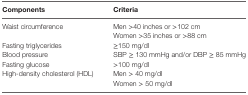
<table><thead><tr><td><b>Components</b></td><td><b>Criteria</b></td></tr></thead><tbody><tr><td rowspan="2">Waist circumference</td><td>Men &gt;40 inches or &gt;102 cm</td></tr><tr><td>Women &gt;35 inches or &gt;88 cm</td></tr><tr><td>Fasting triglycerides</td><td>≥150 mg/dl</td></tr><tr><td>Blood pressure</td><td>SBP ≥ 130 mmHg and/or DBP ≥ 85 mmHg</td></tr><tr><td>Fasting glucose</td><td>&gt;100 mg/dl</td></tr><tr><td rowspan="2">High-density cholesterol (HDL)</td><td>Men &gt; 40 mg/dl</td></tr><tr><td>Women &gt; 50 mg/dl</td></tr></tbody></table>